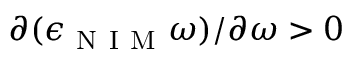
\partial ( \epsilon _ { \mathrm { ~ N ~ I ~ M ~ } } \omega ) / \partial \omega > 0